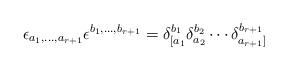
LaTeX: \begin{align*}\epsilon_{a_1,\ldots,a_{r+1}}\epsilon^{b_1,\ldots,b_{r+1}} = \delta_{[a_1}^{b_1}\delta_{a_2}^{b_2}\cdots\delta_{a_{r+1}]}^{b_{r+1}}\end{align*}